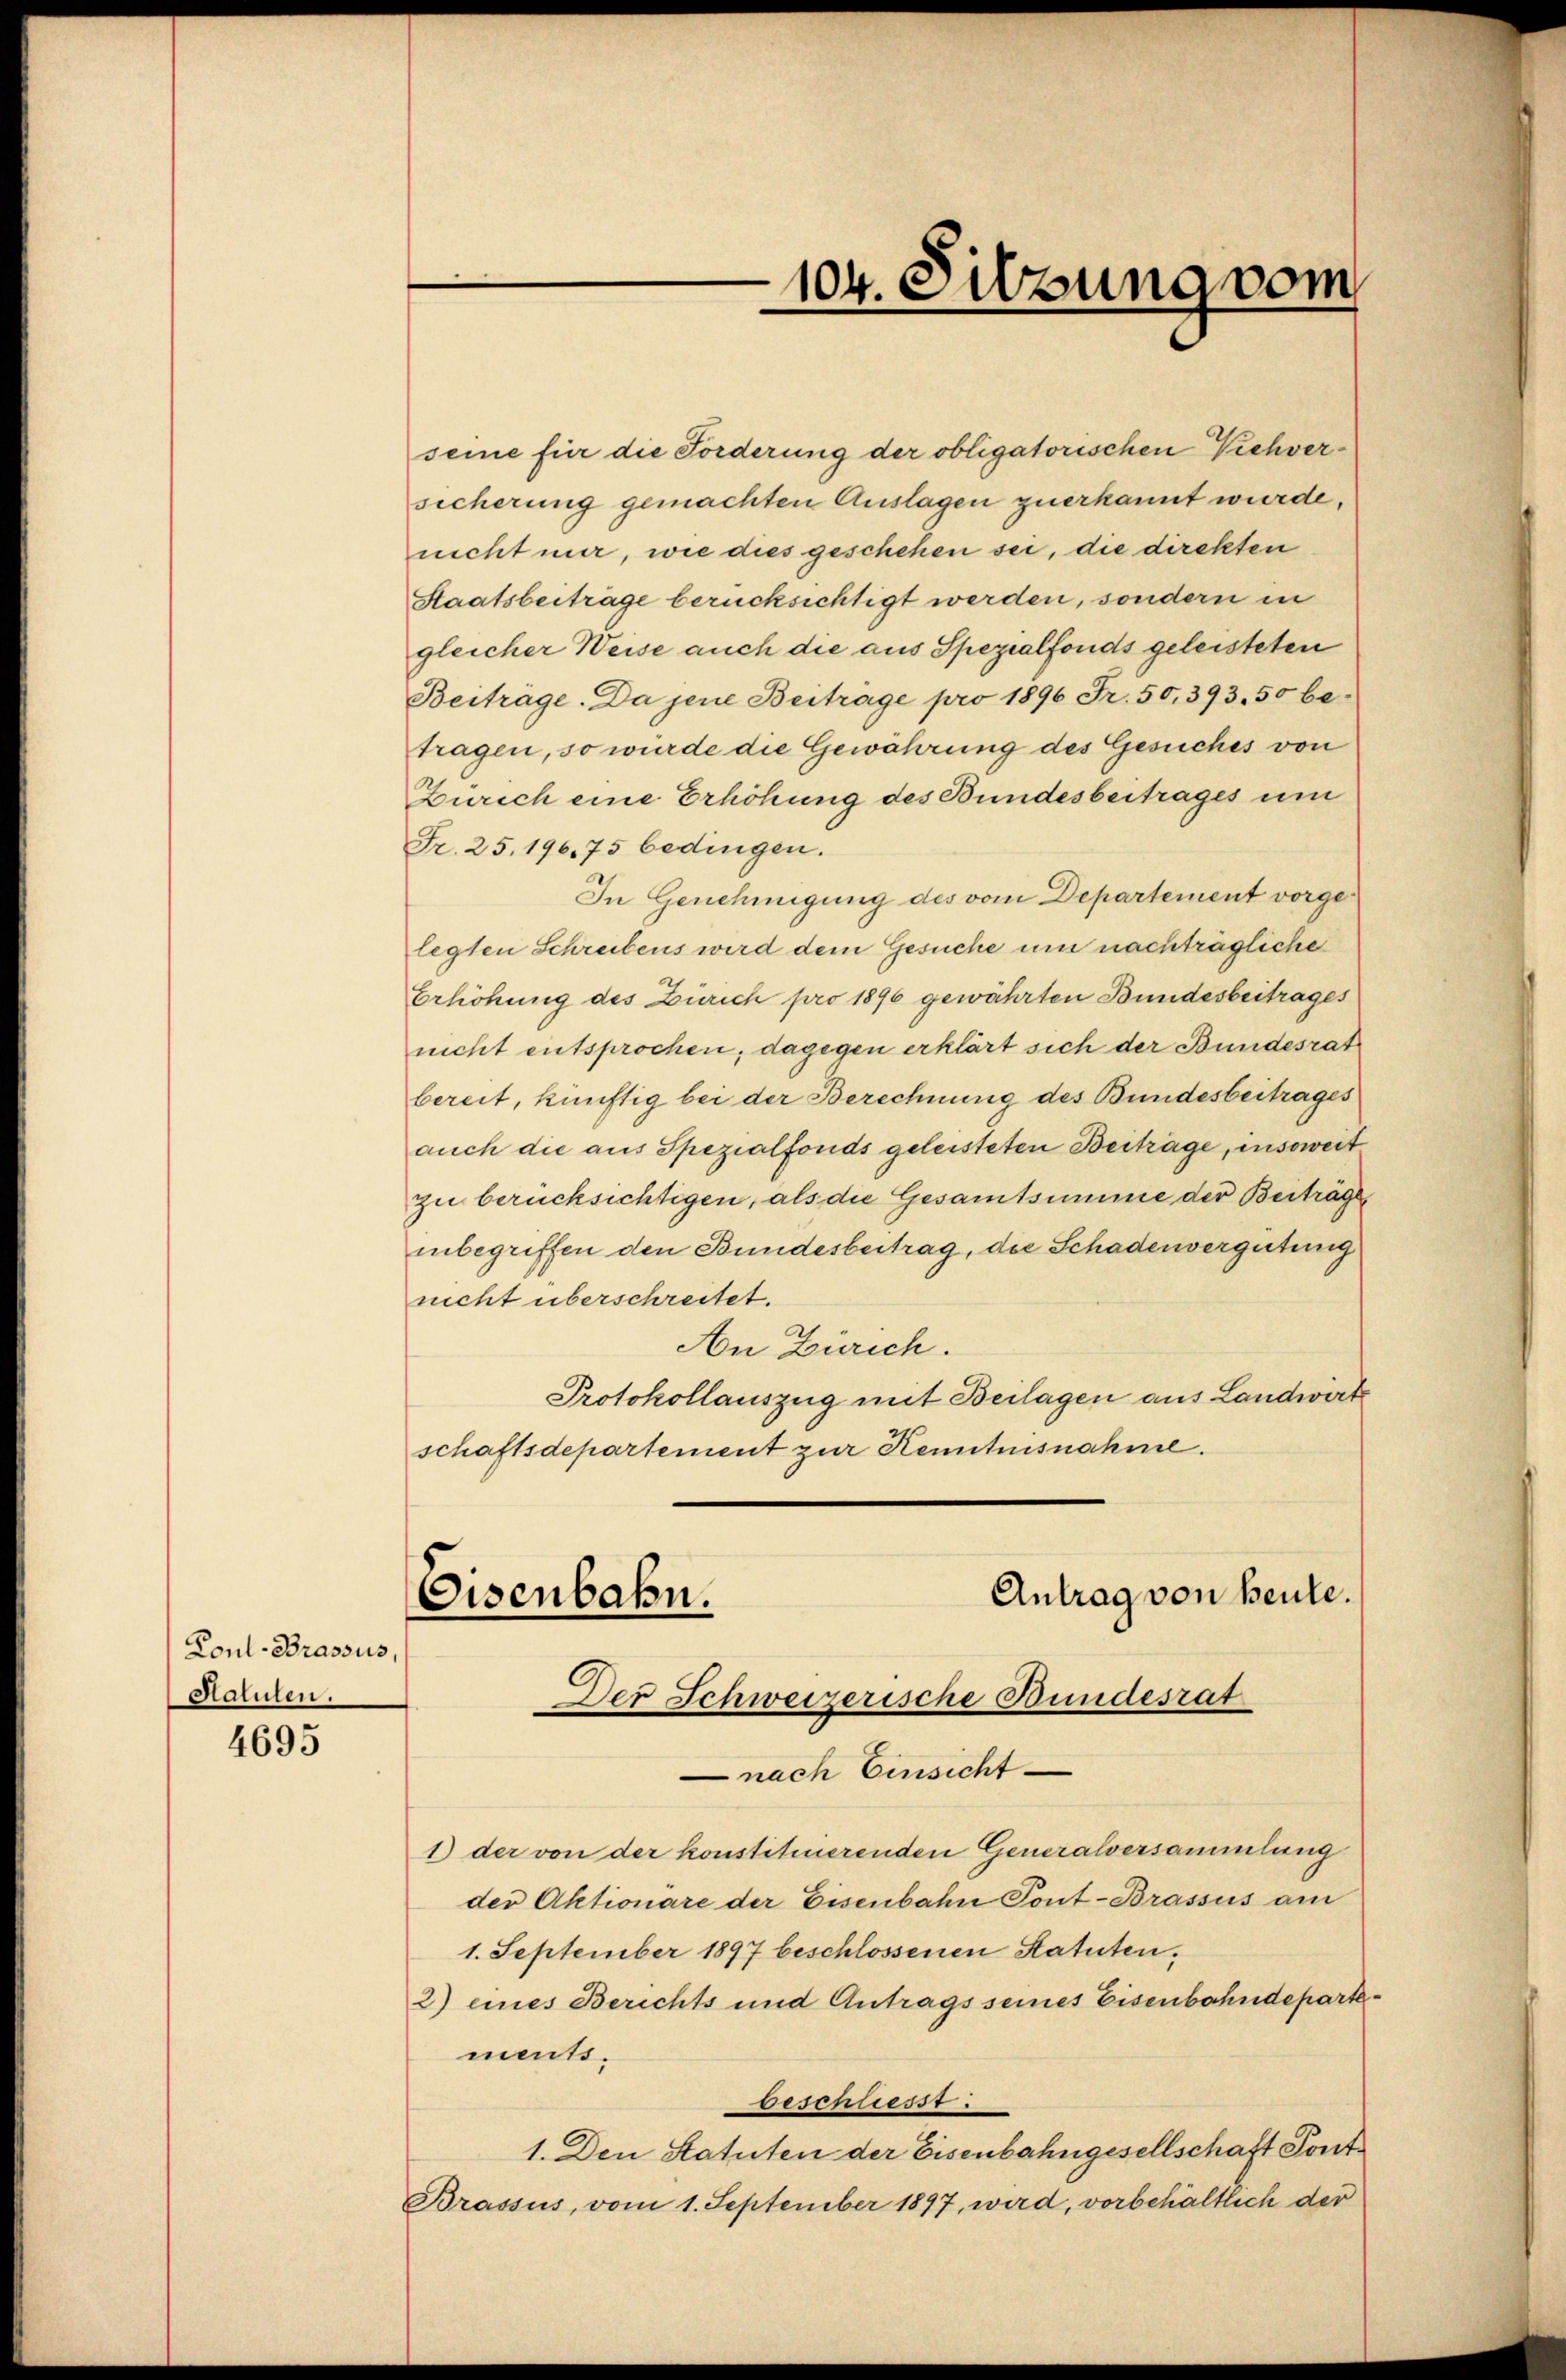
Cout. Brassus,
Statuten.
4695

seine für die Forderung der obligatorischen Vichversicherung gemachten Auslagen zuerkannt wurde.
nicht mir, wie dies geschehen sei, die direkten
Staatsbeiträge berücksichtigt werden, sondern in
gleicher Weise auch die aus Spezialfonds geleisteten
Beiträge. Da jene Beitrage pro 1896 Fr. 50, 393. 50 betragen, so würde die Gewährung des Gesuches von
Zürich eine Erhöhung des Bundesbeitrages um
Fr. 25. 196. 75 bedingen.
In Genehmigung des vom Departement vorgelegten Schreibens wird dem Gesuche um nachträgliche
Erhöhung des Zürich pro 1896 gewährten Bundesbeitrages
nicht entsprochen; dagegen erklärt sich der Bundesrat
bereit, künftig bei der Berechnung des Bundesbeitrages
auch die aus Spezialfonds geleisteten Beiträge, insoweit
zu berücksichtigen, als die Gesamtsumme der Beiträge
inbegriffen den Bundesbeitrag, die Schadenvergütung
nicht überschreitet.
An Zürich.
Protokollauszug mit Beilagen aus Landwirt
schaftsdepartement zur Kenntnisnahme.
Antrag von Beute.
Eisenbahn.
Der Schweizerische Bundesrat
nach Einsicht
1) der von der konstituierenden Generalversammlung
der Aktionare der Eisenbahn Pont-Brassus am
1. September 1897 beschlossenen Statuten.
2) eines Berichts und Antrags seines Eisenbahndeparte
ments.
beschließt:
1. Den Statuten der Eisenbahngesellschaft Sont
Brassus, vom 1. September 1897, wird, vorbehältlich der

104. Sitzung vom